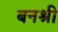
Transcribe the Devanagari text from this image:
बनश्री